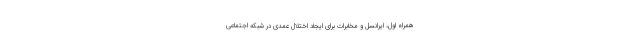
همراه اول، ایرانسل و مخابرات برای ایجاد اختلال عمدی در شبکه اجتماعی